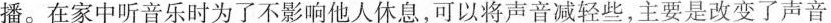
播。在家中听音乐时为了不影响他人休息，可以将声音减轻些，主要是改变了声音